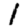
Digit: 1